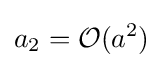
a_{2}={\mathcal {O}}(a^{2})